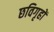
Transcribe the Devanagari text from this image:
छविगृहों